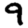
Digit: 9